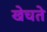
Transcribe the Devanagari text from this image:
खेचते